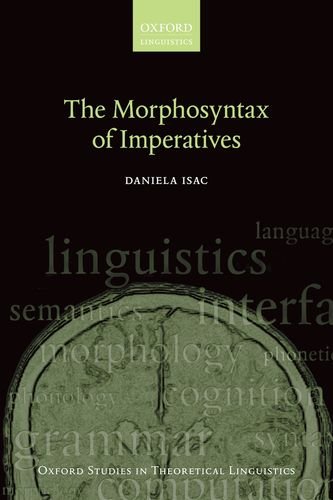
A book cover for The Morphosyntax of Imperatives (Oxford Studies in Theoretical Linguistics); Daniela Isac; Reference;